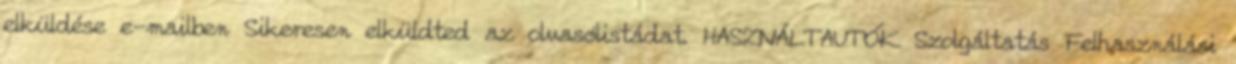
elküldése e-mailben Sikeresen elküldted az olvasólistádat. HASZNÁLTAUTÓK Szolgáltatás Felhasználási